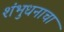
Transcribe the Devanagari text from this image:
शंभुधनाचा